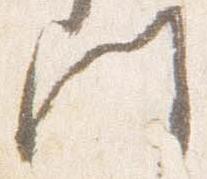
門